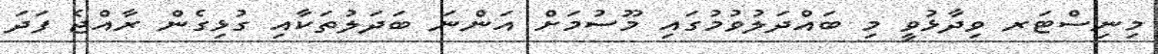
މިނިސްޓަރ ވިދާޅުވީ މި ބައްދަލުވުމުގައި މޫސުމަށް އަންނަ ބަދަލުތަކާއި ގުޅިގެން ރާއްޖެ ފަދަ